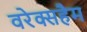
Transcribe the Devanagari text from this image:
वरेक्सहैम